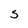
Character: S